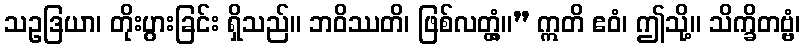
သဥဒြယာ၊ တိုးပွားခြင်း ရှိသည်။ ဘဝိဿတိ၊ ဖြစ်လတ္တံ့။” ဣတိ ဧဝံ၊ ဤသို့။ သိက္ခိတဗ္ဗံ၊